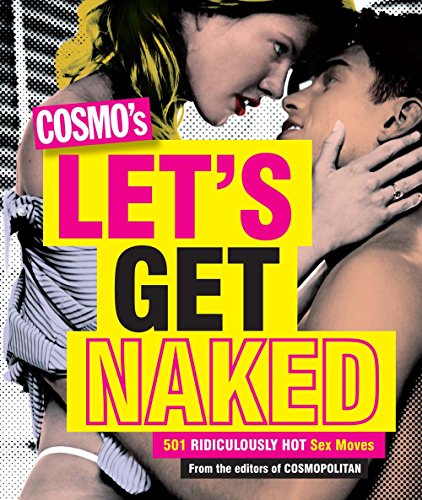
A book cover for Cosmo's Let's Get Naked: 501 Ridiculously Hot Sex Moves; Health, Fitness & Dieting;